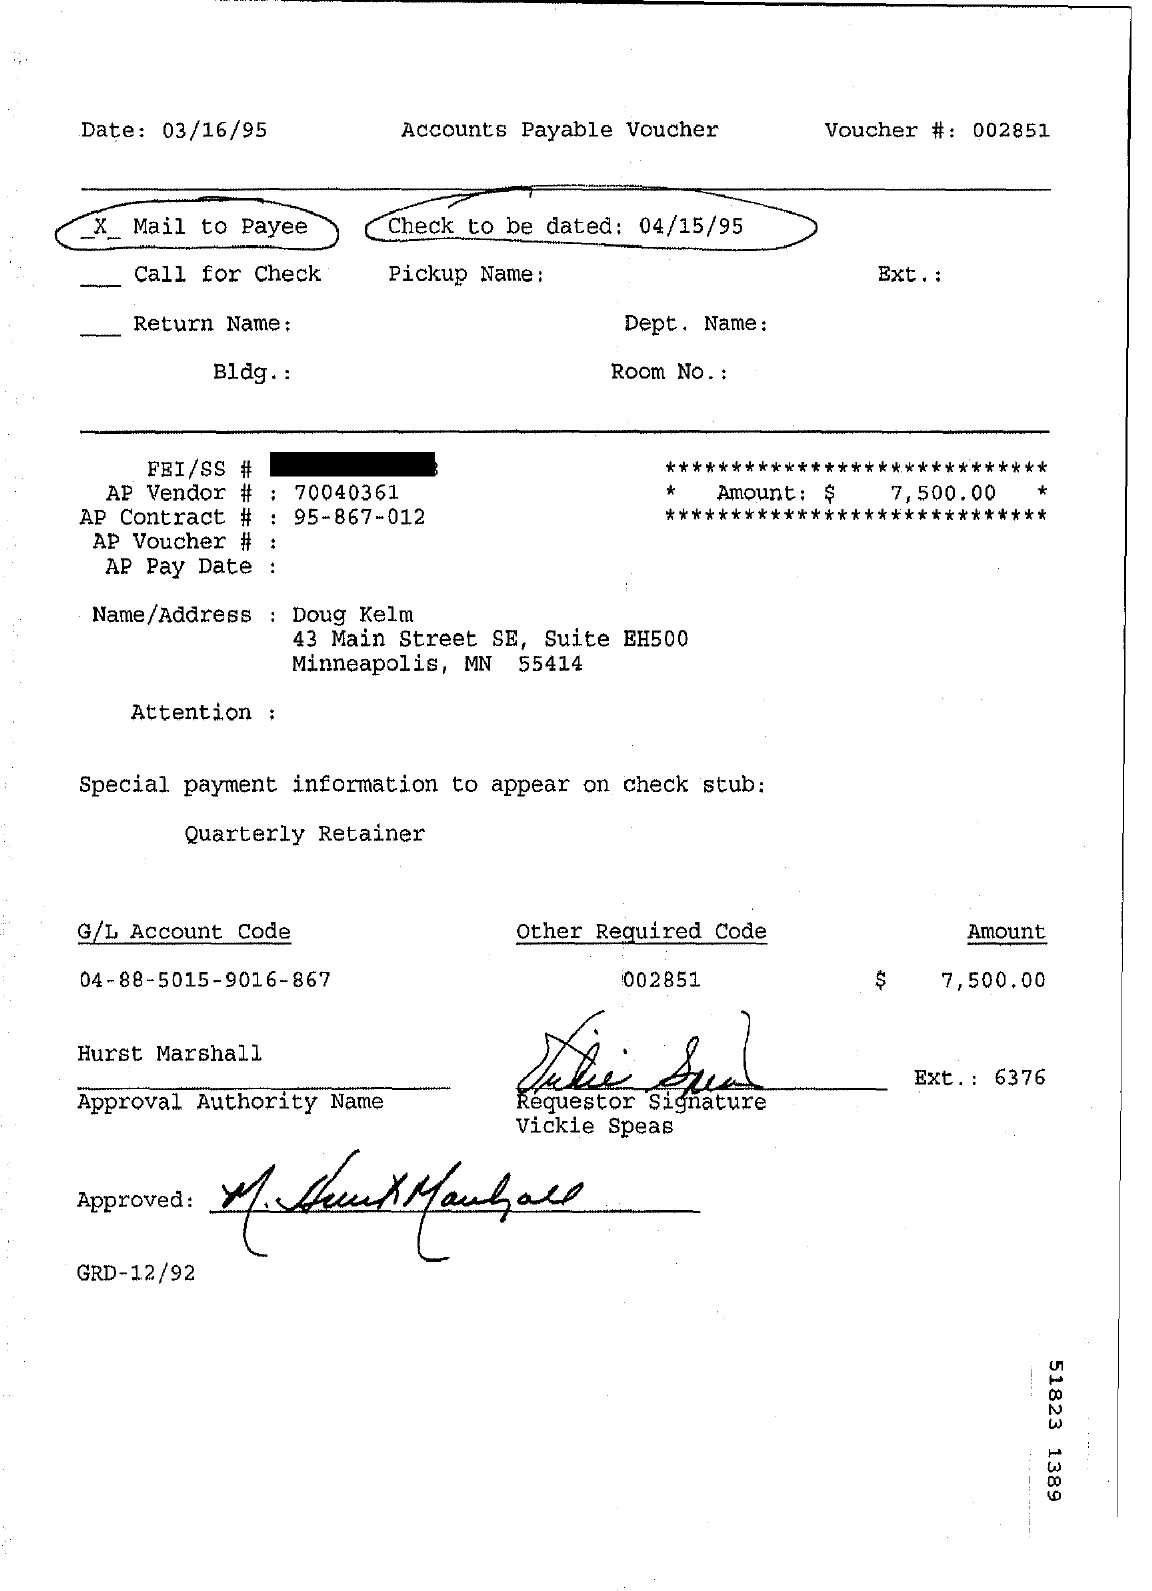
Date: 03/16/95   Accounts Payable Voucher Voucher #: 002851
     X_ Mail to Payee Check to be dated: 04/15/95
     Call for Check Pickup Name:    Ext. :
     Return Name:    Dept. Name:
     Bldg. :    Room No. :
     FRI/SS #    *****************************
     AP Vendor # : 70040361    Amount: $ 7,500.00
     AP Contract # : 95-867-012    *****************************
     AP Voucher # :
     AP Pay Date :
     Name/Address : Doug Kelm
     43 Main Street SE, Suite EH500
     Minneapolis, MN 55414
     Attention :
    Special payment information to appear on check stub:
     Quarterly Retainer
     G/L Account Code    Other Required Code    Amount
     04-88-5015-9016-867    002851    $   7,500.00
    Hurst Marshall
     Ext .: 6376
    Approval Authority Name
     Vickie Speas
    Approved: 1 Stewek Mandare
    GRD-12/92
     51823
     1389